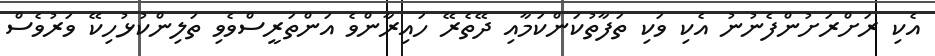
އެކި ރަށްރަށުންފެނުނު އެކި ވަކި ތަފާތުކަންކަމާއި ދޭތެރޭ ހައިރާންވެ އަންތަރީސްވެވި ތަލިންކުޅުހިކޭ ވަރުވެސް